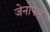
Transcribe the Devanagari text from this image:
जेनोफेन